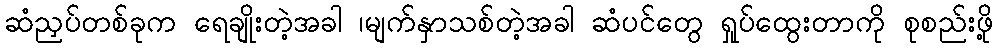
ဆံညှပ်တစ်ခုက ရေချိုးတဲ့အခါ ၊မျက်နှာသစ်တဲ့အခါ ဆံပင်တွေ ရှုပ်ထွေးတာကို စုစည်းဖို့